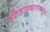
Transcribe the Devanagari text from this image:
इतिहासकारांकडून